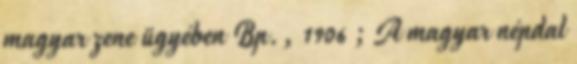
magyar zene ügyében Bp., 1906 ; A magyar népdal